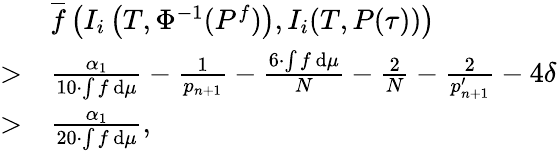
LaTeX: \begin{array}{rl}&{\overline{{f}}\left(I_{i}\left(T,\Phi^{-1}(P^{f})\right),I_{i}(T,P(\tau))\right)}\\ {>}&{\frac{\alpha_{1}}{10\cdot\int f\, \mathrm{d}\mu}-\frac{1}{p_{n+1}}-\frac{6\cdot\int f\, \mathrm{d}\mu}{N}-\frac{2}{N}-\frac{2}{p_{n+1}^{\prime}}-4\delta}\\ {>}&{\frac{\alpha_{1}}{20\cdot\int f\, \mathrm{d}\mu},}\end{array}